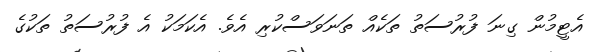
އެޓީމުން ގިނަ ފުރުސަތު ތަކެއް ތަނަވަސްކުރި އެވެ. އެކަމަކު އެ ފުރުސަތު ތަކުގެ